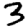
Digit: 3